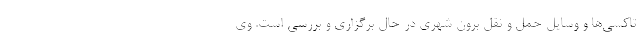
تاکسی‌ها و وسایل حمل و نقل برون شهری در حال برگزاری و بررسی است. وی